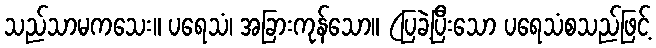
သည်သာမကသေး။ ပရေသံ၊ အခြားကုန်သော။ (ပြခဲ့ပြီးသော ပရေသံစသည်ဖြင့်